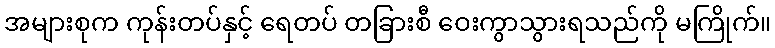
အများစုက ကုန်းတပ်နှင့် ရေတပ် တခြားစီ ဝေးကွာသွားရသည်ကို မကြိုက်။